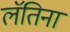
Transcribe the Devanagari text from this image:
लॅतिना